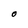
Character: O